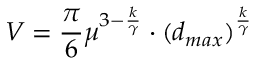
V = \frac { \pi } { 6 } \mu ^ { 3 - \frac { k } { \gamma } } \cdot ( d _ { m a x } ) ^ { \frac { k } { \gamma } }